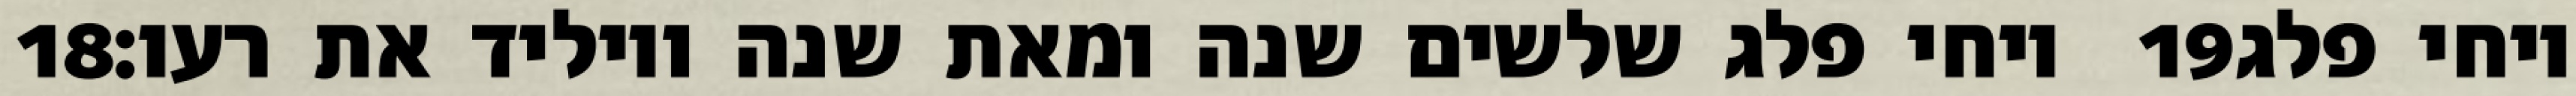
‎18‏ ויחי פלג שלשים שנה ומאת שנה ויוליד את רעו׃ ‎19‏ ויחי פלג